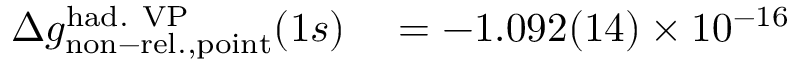
\begin{array} { r l } { \Delta { g } _ { \mathrm { n o n - r e l . , p o i n t } } ^ { \mathrm { h a d . \ V P } } ( 1 s ) } & { { } = - 1 . 0 9 2 ( 1 4 ) \times 1 0 ^ { - 1 6 } } \end{array}